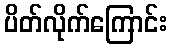
ပိတ်လိုက်ကြောင်း